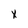
Character: x